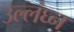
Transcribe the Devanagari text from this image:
उल्लंघ्न